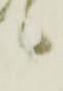
候